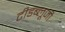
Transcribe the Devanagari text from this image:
टीडब्लूजी